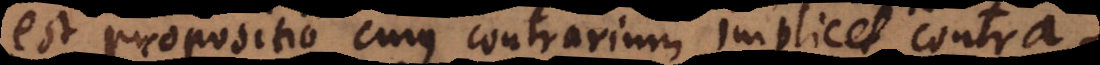
est propositio cujus contrarium implicet contra